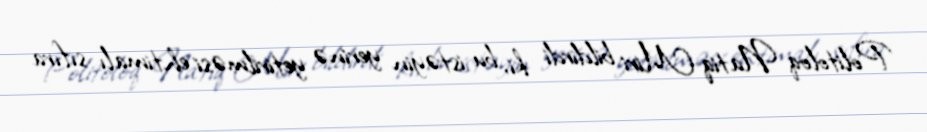
Politoloq Natiq Miri bildirdi ki, bu istəyin yerinə yetirilməsi ehtimalı sıfıra